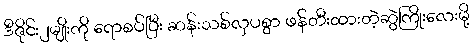
ဒီဇိုင်း၂မျိုးကို ရောစပ်ပြီး ဆန်းသစ်လှပစွာ ဖန်တီးထားတဲ့ဆွဲကြိုးလေးမို့